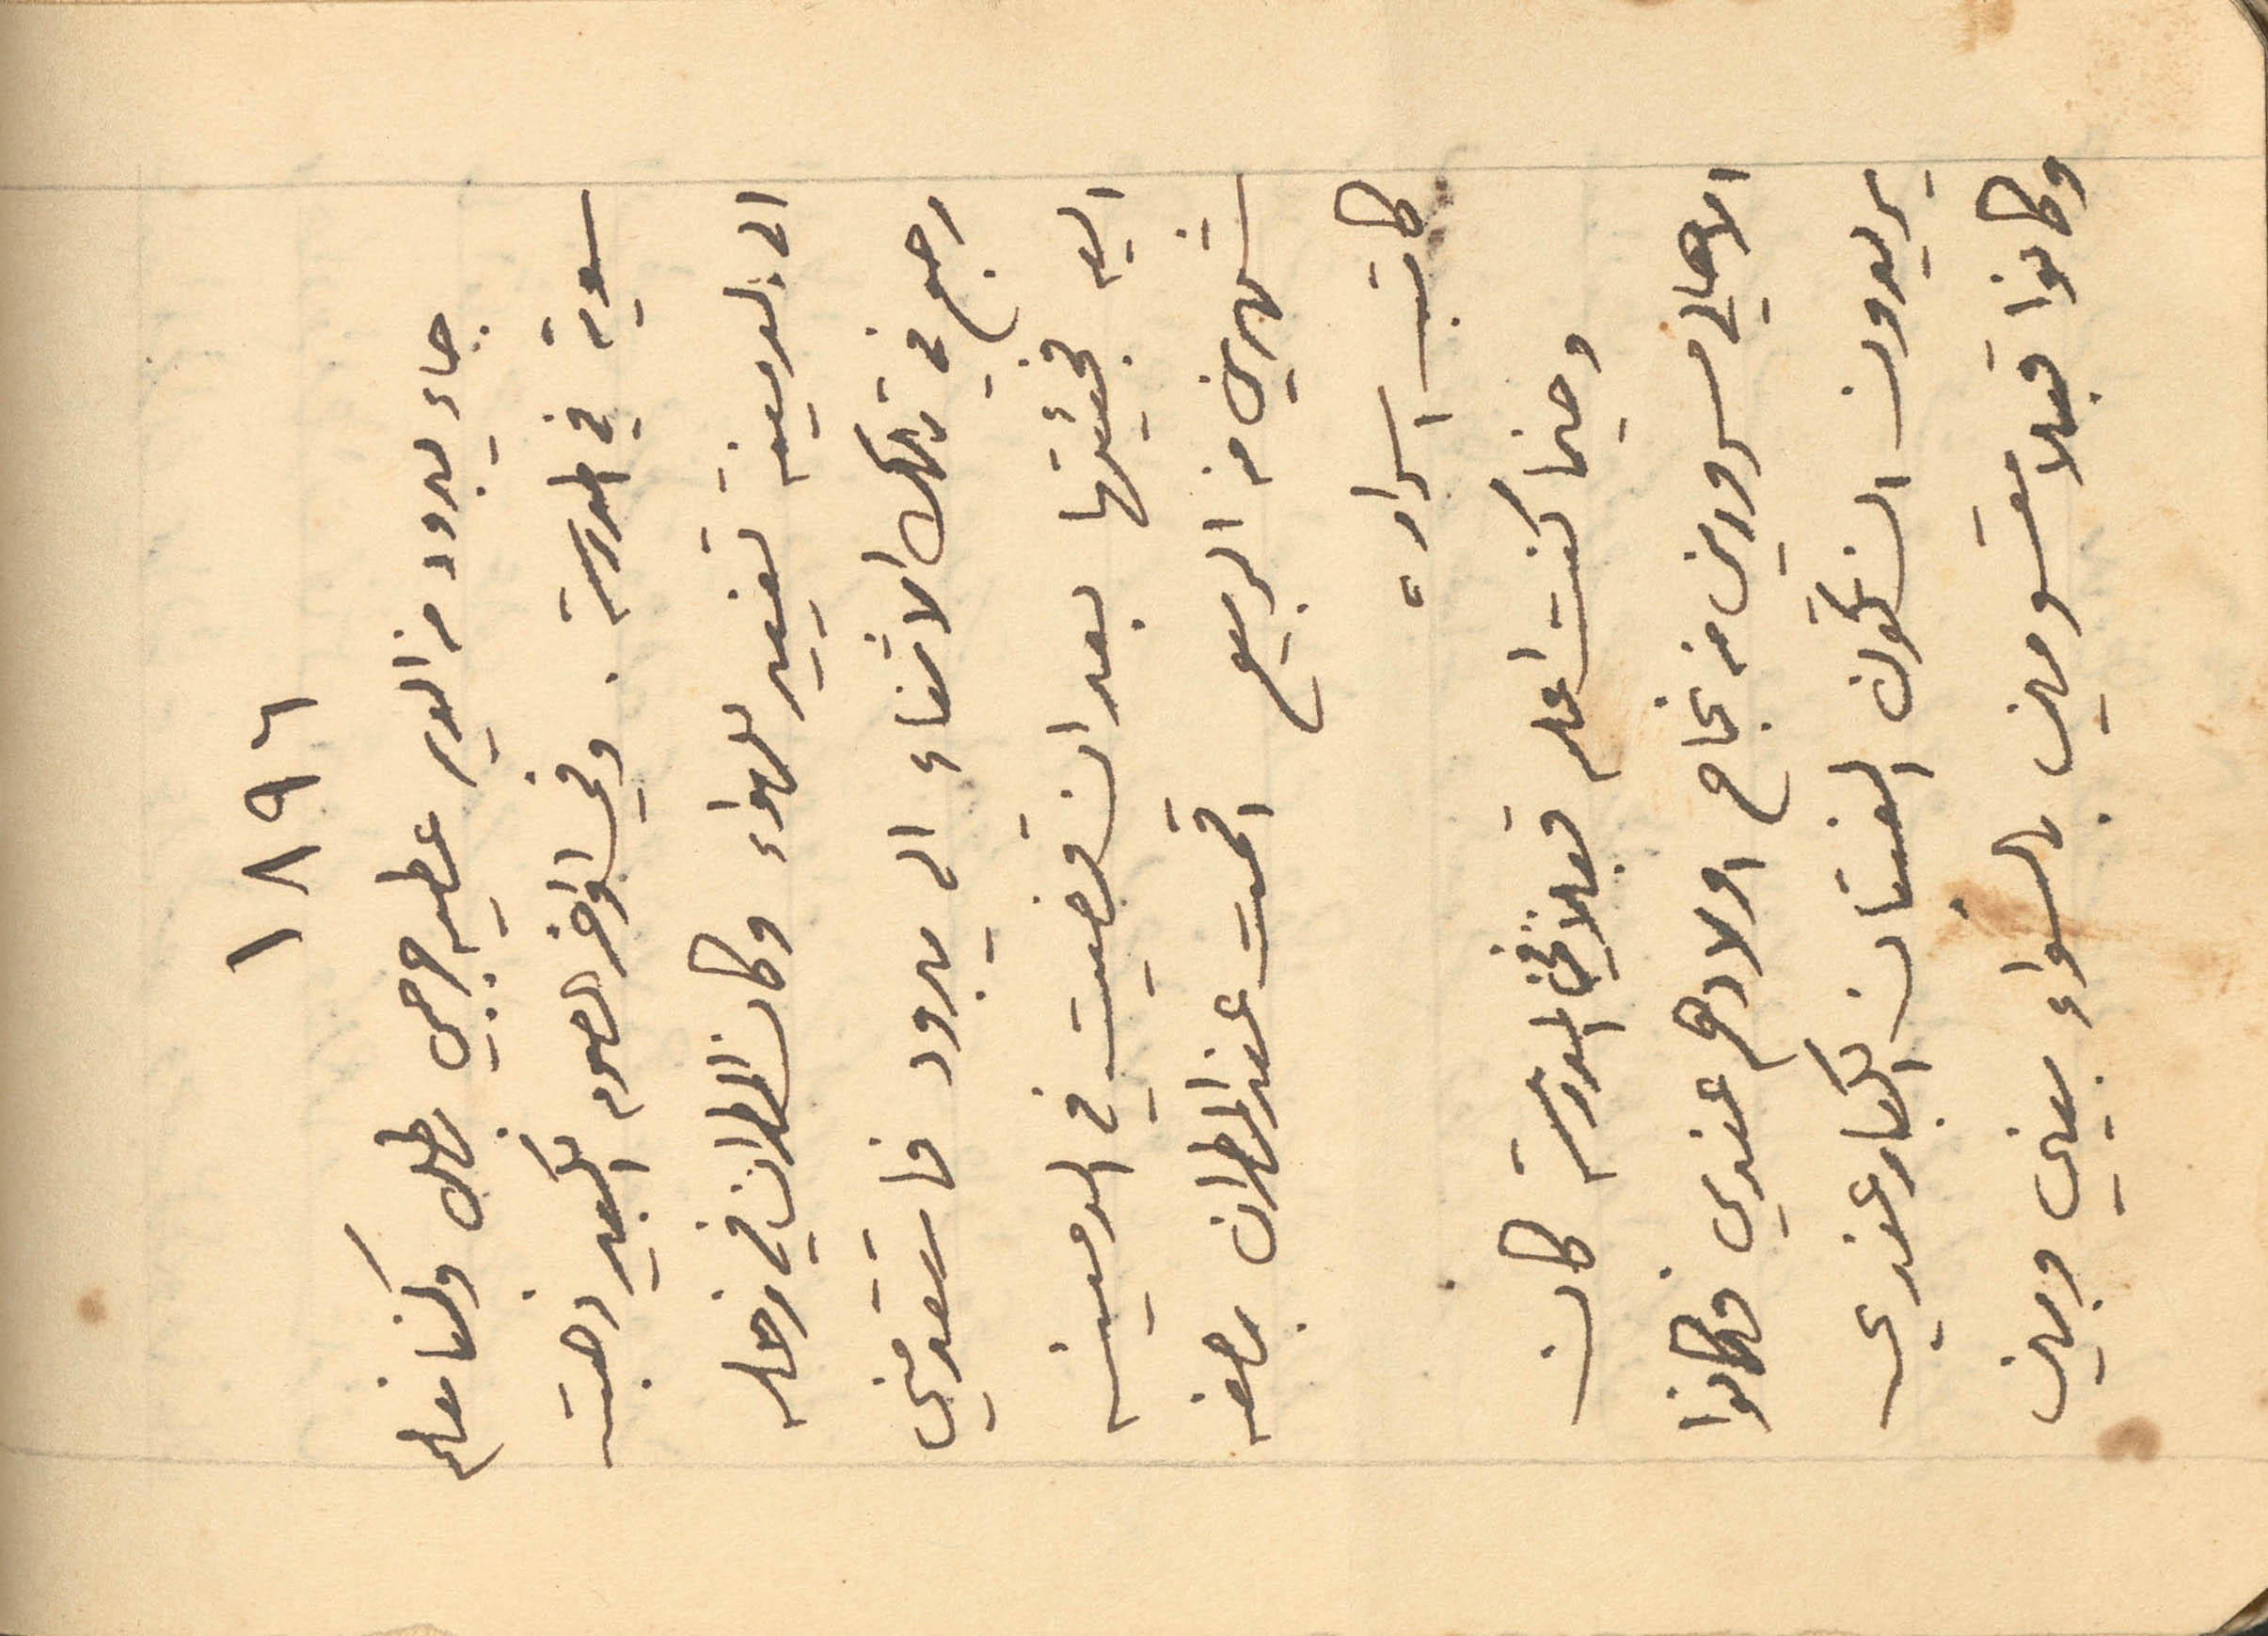
1896
جاء يبرود من الدير عطيه جرجي بطل وكنا نعلم
سوية في المدرسة. وفي اواخر الصوم الكبير ذهبت
الى الدمينة تغيبر للهواء وكان المطران في زحله
رجع في تلك الاثناء الى يبرود فاستقدمني
اليه فجيئتها بعد ان قضيت في الدمينه
شهرين من الربيع اقمت عن المطران بصفه
كاتب اسراره
وحينما كنت اعلم قبلاً في المدرسة كان
الاهالي مسرورين من نجاح اولادهم عندي فكانوا
يريدون ان تكون الفتيان الكبار عندي
وكانوا قبلا مقسومين بالسواء بيني وبين